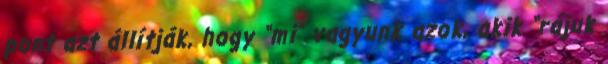
pont azt állítják, hogy “mi” vagyunk azok, akik “rájuk